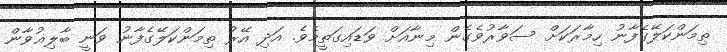
ތިމަންކަލޭގެފާނު ހިމާރަކަށް ސަވާރުވެގެން މިނާއަށް ވަޑައިގަތީމެވެ. އަދި އޭރު ތިމަންކަލޭގެފާނު ވަނީ ބާލިޣުވާން